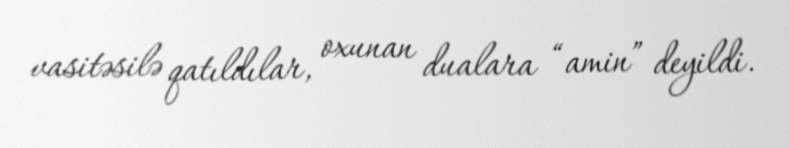
vasitəsilə qatıldılar, oxunan dualara “amin” deyildi.